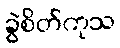
ခွဲစိတ်ကုသ